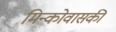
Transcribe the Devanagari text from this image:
मिन्कोवासकी